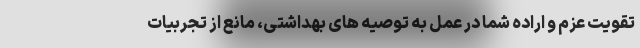
تقویت عزم و اراده شما در عمل به توصیه های بهداشتی، مانع از تجربیات